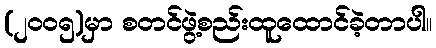
(၂၀၀၅)မှာ စတင်ဖွဲ့စည်းထူထောင်ခဲ့တာပါ။